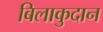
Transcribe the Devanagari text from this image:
बिलाकुदान